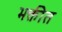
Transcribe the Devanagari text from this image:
भक्तीत